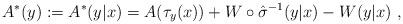
LaTeX: \begin{align*}A^*(y) := A^*(y|x) = A(\tau_y(x)) + W \circ \hat{\sigma}^{-1} (y|x) - W(y|x) \ ,\end{align*}